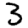
Digit: 3